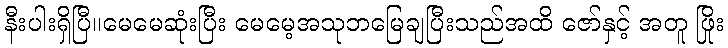
နီးပါးရှိပြီ။မေမေဆုံးပြီး မေမေ့အသုဘမြေချပြီးသည်အထိ ဇော်နှင့် အတူ ဖြိုး